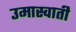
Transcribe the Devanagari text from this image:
उमास्वाती